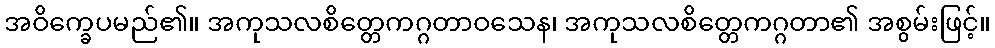
အဝိက္ခေပမည်၏။ အကုသလစိတ္တေကဂ္ဂတာဝသေန၊ အကုသလစိတ္တေကဂ္ဂတာ၏ အစွမ်းဖြင့်။